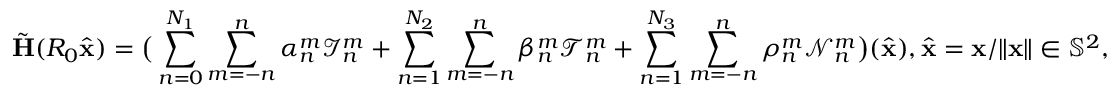
\tilde { \mathbf { H } } ( R _ { 0 } \hat { \mathbf { x } } ) = \big ( \sum _ { n = 0 } ^ { N _ { 1 } } \sum _ { m = - n } ^ { n } \alpha _ { n } ^ { m } \mathcal { I } _ { n } ^ { m } + \sum _ { n = 1 } ^ { N _ { 2 } } \sum _ { m = - n } ^ { n } \beta _ { n } ^ { m } \mathcal { T } _ { n } ^ { m } + \sum _ { n = 1 } ^ { N _ { 3 } } \sum _ { m = - n } ^ { n } \rho _ { n } ^ { m } \mathcal { N } _ { n } ^ { m } \big ) ( \hat { \mathbf { x } } ) , \hat { \mathbf { x } } = \mathbf { x } / \| \mathbf { x } \| \in \mathbb { S } ^ { 2 } ,